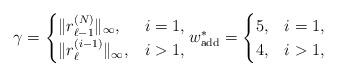
LaTeX: \begin{align*} \gamma = \begin{cases} \|r_{\ell-1}^{(N)}\|_\infty, & i = 1, \\ \|r_{\ell}^{(i-1)}\|_\infty, & i > 1, \\ \end{cases} w^*_{\mathrm{add}} = \begin{cases} 5, & i = 1, \\ 4, & i > 1, \\ \end{cases} \end{align*}